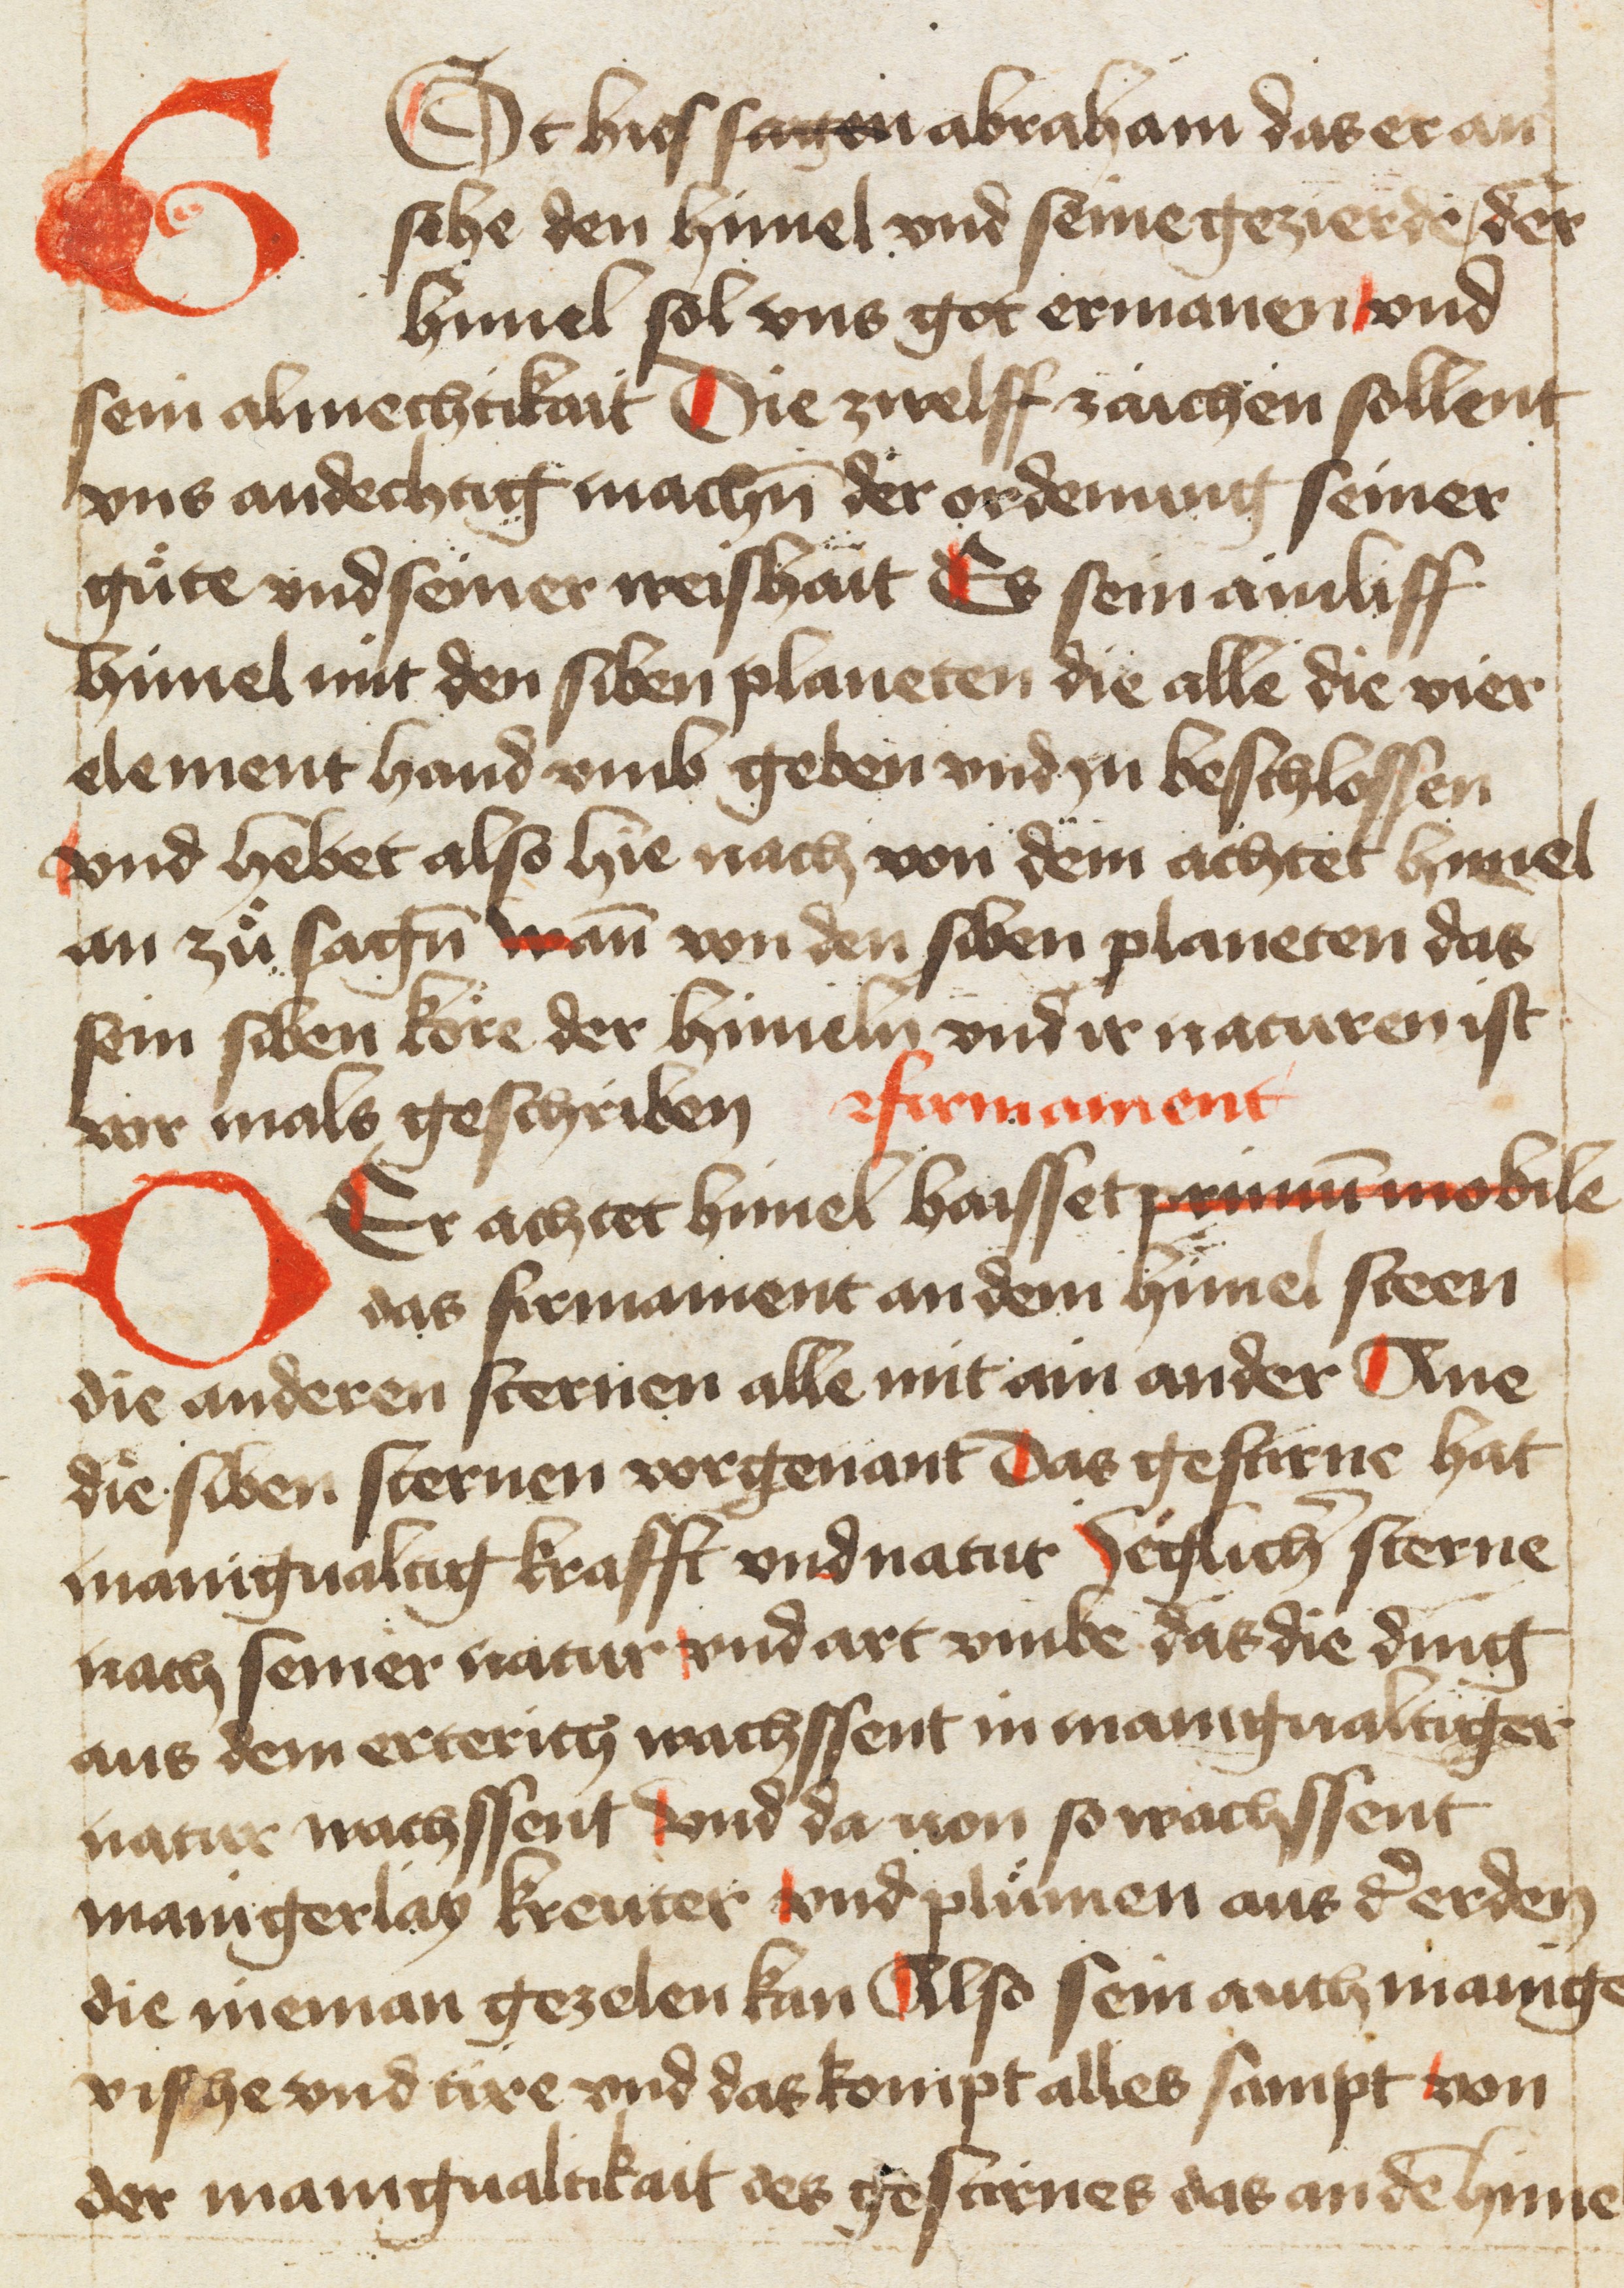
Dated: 1400–1499